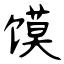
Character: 馍